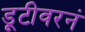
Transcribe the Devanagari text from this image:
डूटीवरनं